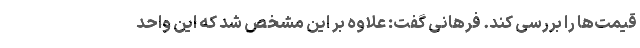
قیمت‌ها را بررسی کند. فرهانی گفت: علاوه بر این مشخص شد که این واحد